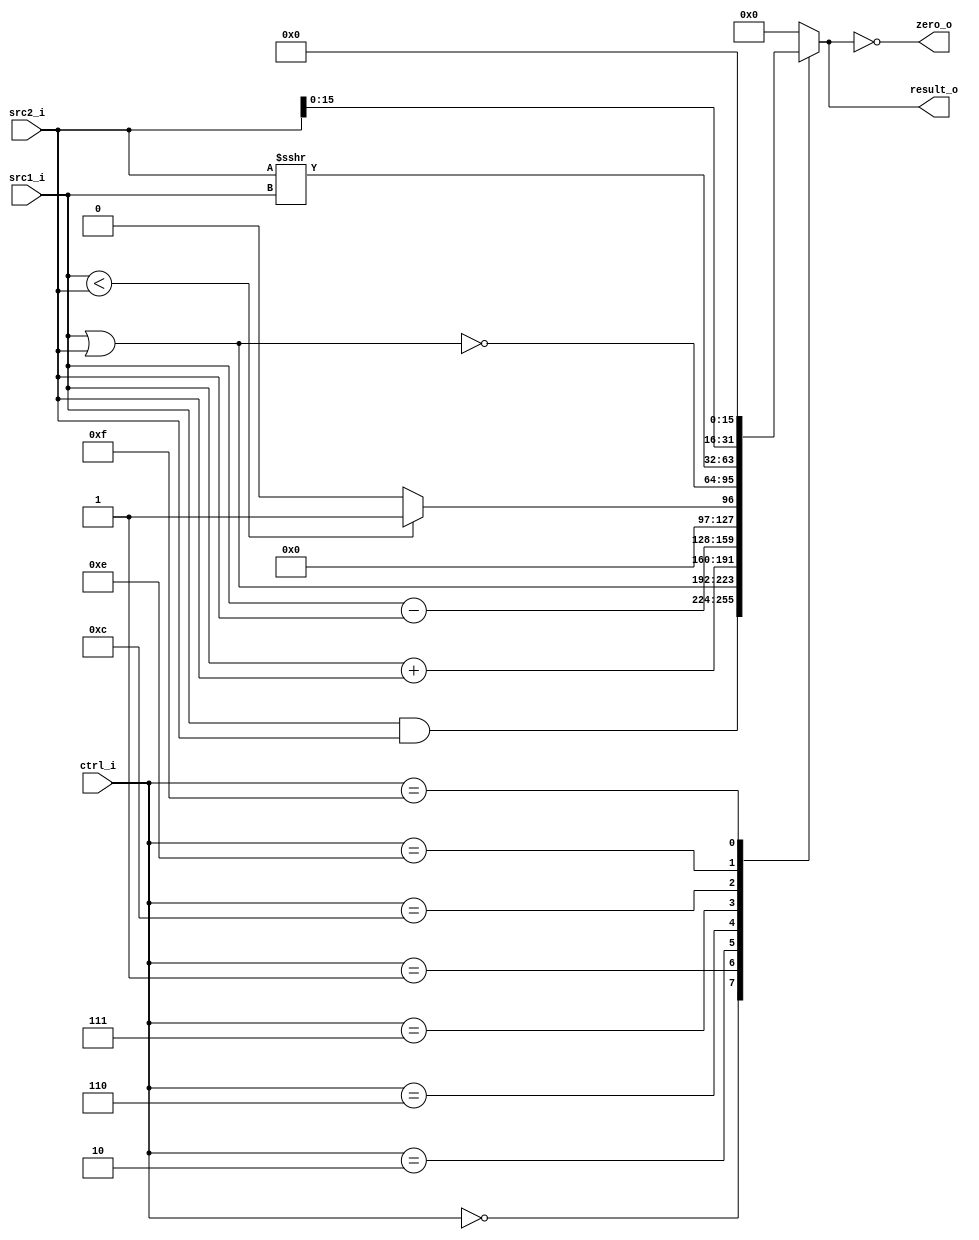
//Subject:     CO project 2 - ALU
//--------------------------------------------------------------------------------
//Version:     1
//--------------------------------------------------------------------------------
//Writer:      
//----------------------------------------------
//Date:        
//----------------------------------------------
//Description: 
//--------------------------------------------------------------------------------

module ALU(
    src1_i,
    src2_i,
    ctrl_i,
    result_o,
    zero_o
    );
     
//I/O ports
input [32-1:0]       src1_i;
input [32-1:0]       src2_i;
input [4-1:0]        ctrl_i;

output [32-1:0]      result_o;
output               zero_o;

//Internal signals
wire signed [32-1:0] src1_i_signed;
wire signed [32-1:0] src2_i_signed;
reg [32-1:0]         result_o;
wire                 zero_o;

assign src1_i_signed = src1_i;
assign src2_i_signed = src2_i;

assign zero_o = (result_o == 0);

//Parameter

//Main function
always @(*) begin
    case (ctrl_i)
        0: result_o = src1_i & src2_i;
        1: result_o = src1_i | src2_i;
        2: result_o = src1_i + src2_i;
        6: result_o = src1_i - src2_i;
        7: result_o = src1_i < src2_i ? 1 : 0;
        12: result_o = ~(src1_i | src2_i);
        14: result_o = src2_i_signed >>> src1_i_signed;
        15: result_o = src2_i << 16;
        default: result_o = 0;
    endcase
end

endmodule